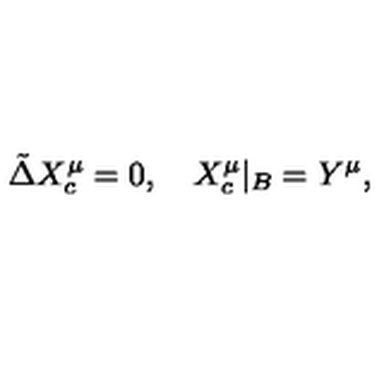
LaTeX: \tilde { \Delta } { X _ { c } ^ { \mu } } = 0 , \quad { X _ { c } ^ { \mu } } { | _ { B } } = { Y ^ { \mu } } ,